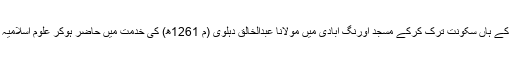
میاں صاحب مولوی شجاع الدین کے ہاں سکونت ترک کرکے مسجد اورنگ آبادی میں مولانا عبدالخالق دہلوی (م 1261ھ) کی خدمت میں حاضر ہوکر علوم اسلامیہ کی تحصیل میں مشغول ہوگئے۔